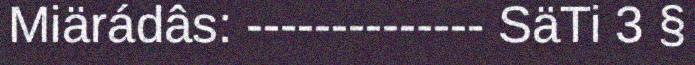
Miärádâs: -------------- SäTi 3 §